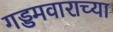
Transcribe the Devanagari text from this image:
गड्डमवाराच्या